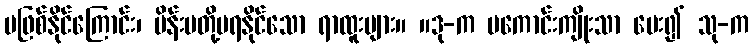
မဖြစ်နိုင်ကြောင်း၊ မိန်းမတို့မရနိုင်သော ရာထူးများ။ ။ဒု-က မကောင်းကျိုးသာ ပေး၍ သု-က